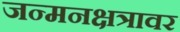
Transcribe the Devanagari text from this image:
जन्मनक्षत्रावर